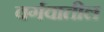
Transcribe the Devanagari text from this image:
वर्गवातील